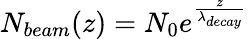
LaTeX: N_{beam}(z)=N_{0}e^{\frac{z}{\lambda_{decay}}}